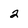
Character: 2